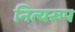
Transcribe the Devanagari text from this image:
नित्यरूप